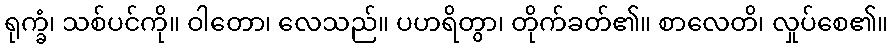
ရုက္ခံ၊ သစ်ပင်ကို။ ဝါတော၊ လေသည်။ ပဟရိတွာ၊ တိုက်ခတ်၏။ စာလေတိ၊ လှုပ်စေ၏။